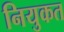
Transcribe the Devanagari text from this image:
नियुकत